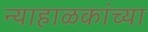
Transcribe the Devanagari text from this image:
न्याहाळकांच्या